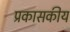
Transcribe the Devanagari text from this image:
प्रकासकीय